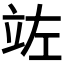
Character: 𮄩